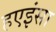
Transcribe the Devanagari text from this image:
हएइंसा